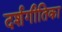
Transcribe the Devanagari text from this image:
दर्शगीतिका